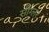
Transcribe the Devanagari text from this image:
सीग्लर